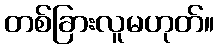
တစ်ခြားလူမဟုတ်။